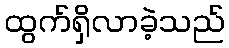
ထွက်ရှိလာခဲ့သည်